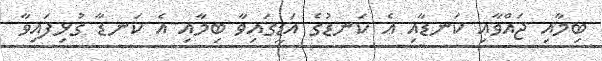
ބިމާއި ޖައްވާއި ކަނޑާއި އެ ކަނޑުގެ އަޑީގައިވާ ބިމާއި އެ ކަނޑާ ގުޅިފައިވާ